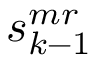
s _ { k - 1 } ^ { m r }